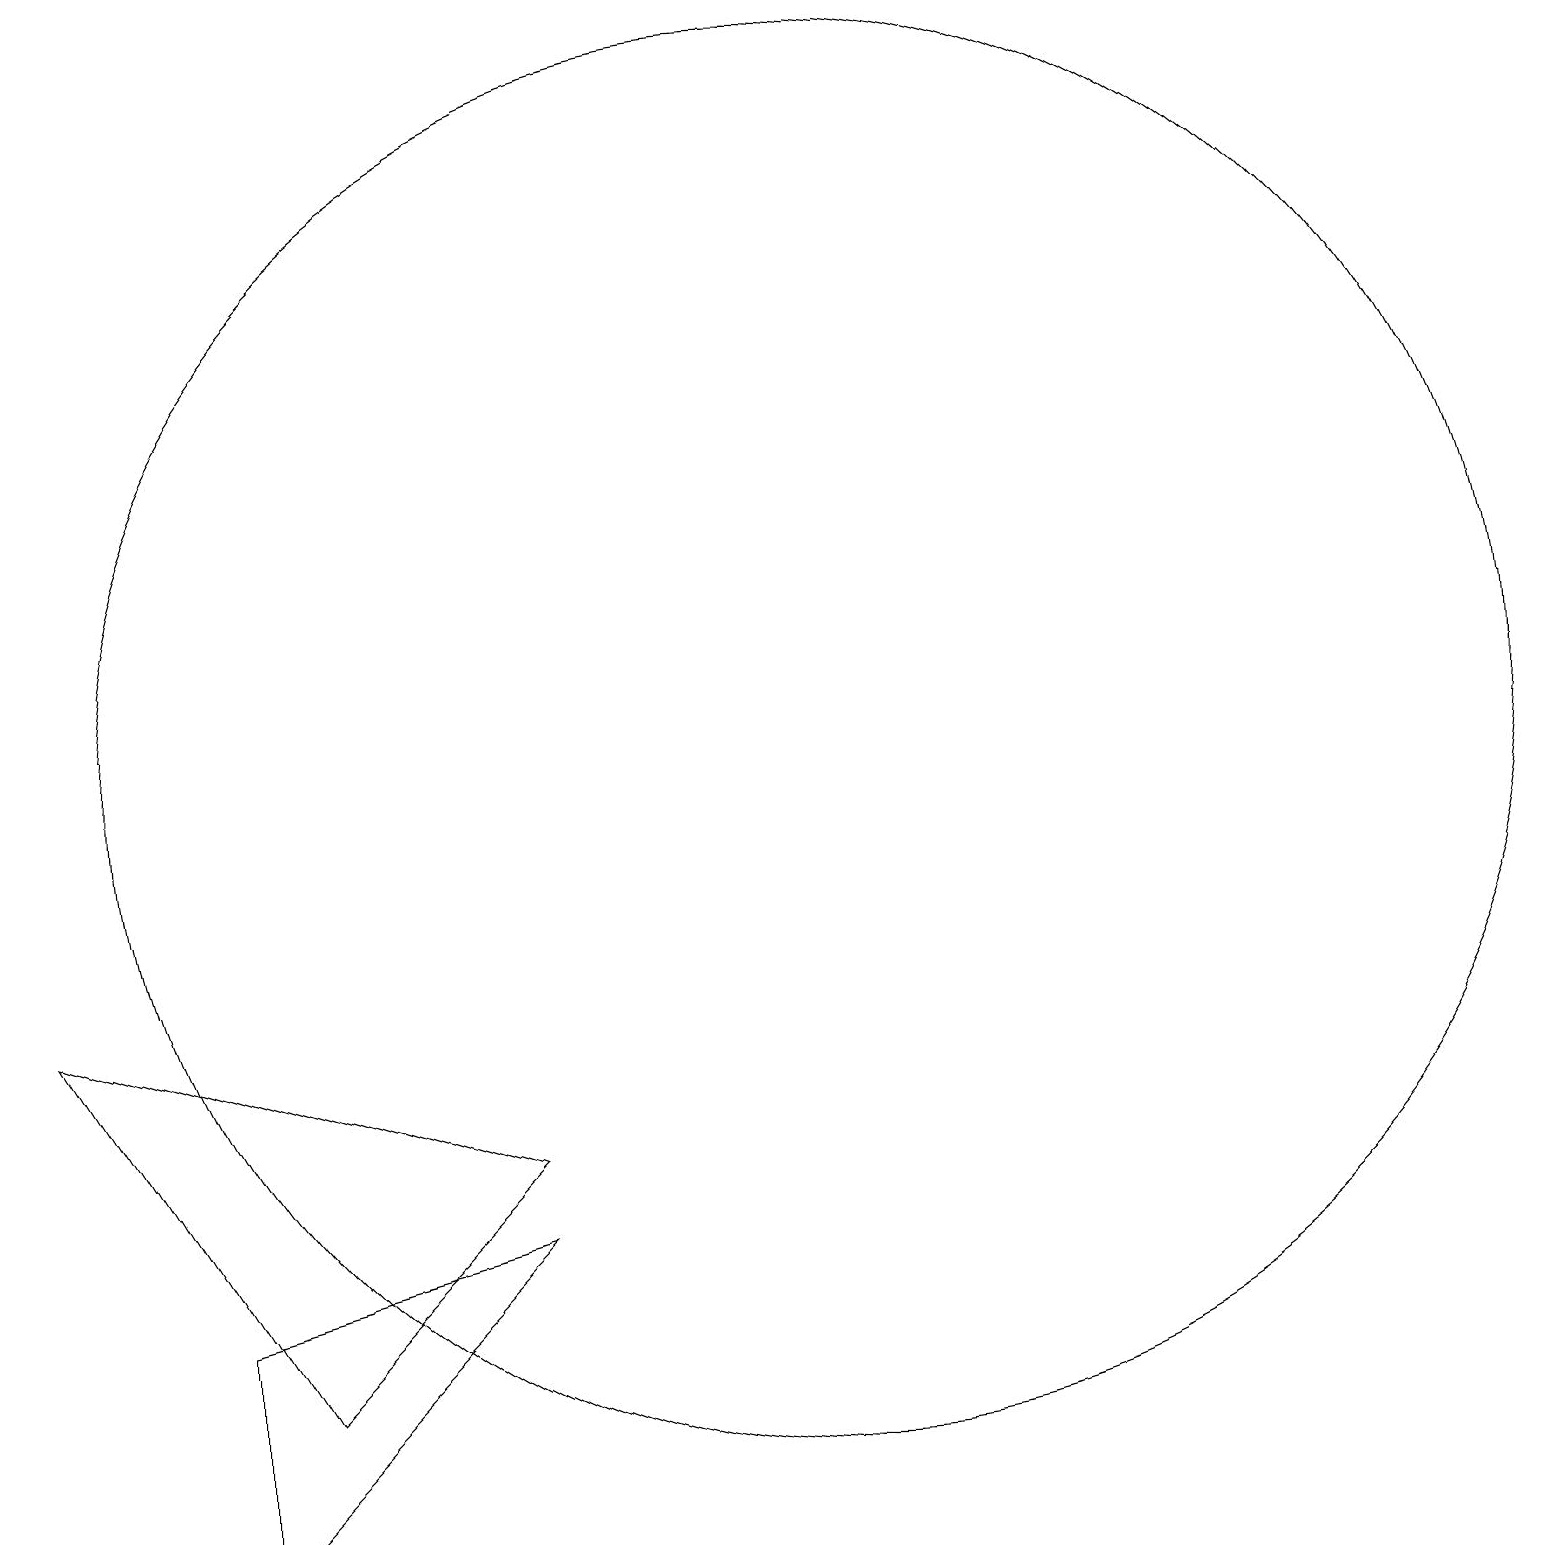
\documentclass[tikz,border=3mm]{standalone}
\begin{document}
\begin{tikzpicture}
\draw (4,2) -- (1,7) -- (7,5) -- cycle;
\draw (3,0) -- (3,3) -- (7,4) -- cycle;
\draw (11,10) circle (9);
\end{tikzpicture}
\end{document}